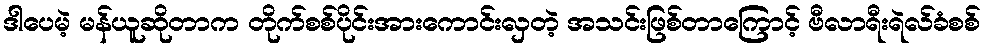
ဒါပေမဲ့ မန်ယူဆိုတာက တိုက်စစ်ပိုင်းအားကောင်းလှတဲ့ အသင်းဖြစ်တာကြောင့် ဗီလာရီးရဲလ်ခံစစ်